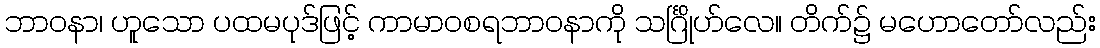
ဘာဝနာ၊ ဟူသော ပထမပုဒ်ဖြင့် ကာမာဝစရဘာဝနာကို သင်္ဂြိုဟ်လေ။ တိက်၌ မဟောတော်လည်း